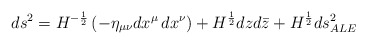
\begin{align*}ds^2=H^{-\frac{1}{2}}\left (-\eta_{\mu\nu}dx^\mu\,dx^\nu \right)+H^{\frac{1}{2}}dzd\bar{z}+H^{\frac{1}{2}}ds^2_{ALE}\end{align*}